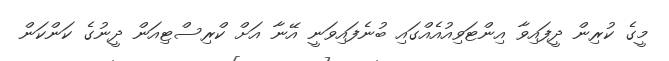
މީގެ ކުރިން ދީފައިވާ އިންޓަވިއުއެެއްގައި ބުނެފައިވަަނީ އޭނާ އަށް ކްރިސްޓިއަން ދީނުގެ ކަންކަން